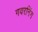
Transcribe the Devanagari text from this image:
गवरनिंग